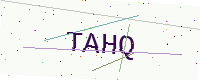
Text: TAHQ